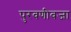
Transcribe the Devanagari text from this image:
पुरवणीवजा